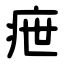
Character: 疶